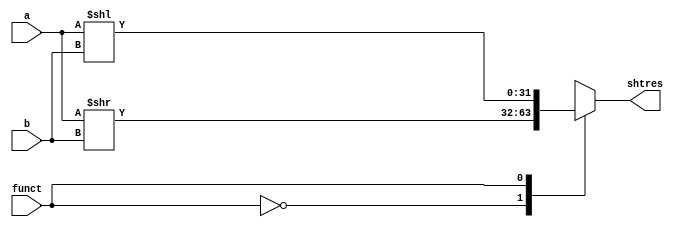
module shift(input[31:0]a,input[4:0]b, input funct, output reg[31:0]shtres);
always@(*)
begin
case(funct)
2'b0:shtres=a>>b;
2'b1:shtres=a<<b;
endcase
end
endmodule